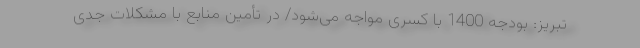
تبریز: بودجه 1400 با کسری مواجه می‌شود/ در تأمین منابع با مشکلات جدی